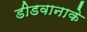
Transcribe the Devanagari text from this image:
डीडवानाके